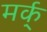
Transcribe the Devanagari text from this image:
मर्क्